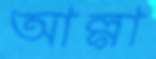
আল্গা